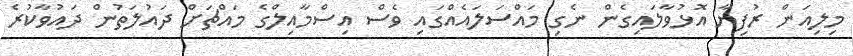
މިލިއަން ރުފިޔާ އޮޅުވާލައިގެން ނެގި މައްސަލައެއްގައި ވެސް އިސްމާއިލްގެ މައްޗަށް ދައުލަތުން ދައުވާކުރެ